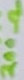
Text: 200Ω